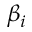
\beta _ { i }